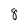
Character: 8